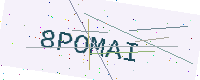
Text: 8POMAI